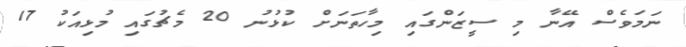
ނަމަވެސް އޭނާ މި ސީޒަންގައި މިހާތަނަށް ކުޅުނު 20 މެޗުގައި މުޅިއަކު 17